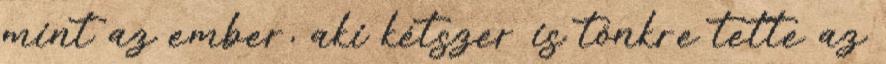
mint az ember, aki kétszer is tönkre tette az